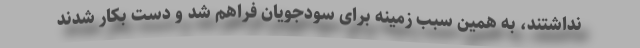
نداشتند، به همین سبب زمینه برای سودجویان فراهم شد و دست بکار شدند